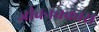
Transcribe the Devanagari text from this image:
जीवनचक्रास